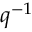
q ^ { - 1 }